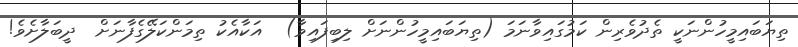
ތިޔަބައިމީހުންނަކީ ތެދުވެރިން ކަމުގައިވާނަމަ (ތިޔަބައިމީހުންނަށް ލިބިފައިވާ)  އަކާއެކު ތިމަންކަލޭގެފާނަށް  ދީބަލާށެވެ!